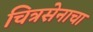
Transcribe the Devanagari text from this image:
चित्रसेनाचा